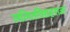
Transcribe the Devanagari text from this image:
ललितविग्रहराजः